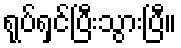
ရုပ်ရှင်ပြီးသွားပြီ။